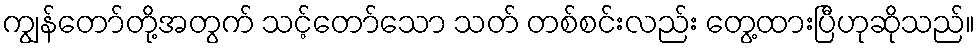
ကျွန်တော်တို့အတွက် သင့်တော်သော သတ် တစ်စင်းလည်း တွေ့ထားပြီဟုဆိုသည်။